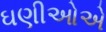
ઘણીઓએ